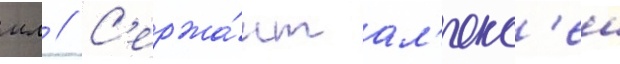
мл // С'ержа́нт ал'екс'еи